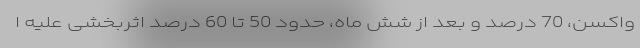
واکسن، 70 درصد و بعد از شش ماه، حدود 50 تا 60 درصد اثربخشی علیه ا